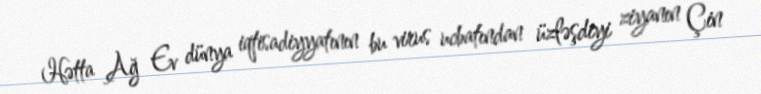
Hətta Ağ Ev dünya iqtisadiyyatının bu virus ucbatından üzləşdiyi ziyanın Çin